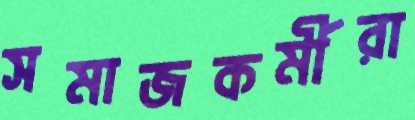
সমাজকর্মীরা